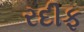
રદીફ